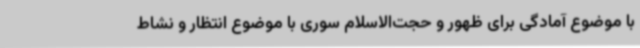
با موضوع آمادگی برای ظهور و حجت‌الاسلام سوری با موضوع انتظار و نشاط